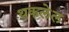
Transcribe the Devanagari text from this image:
थकलेल